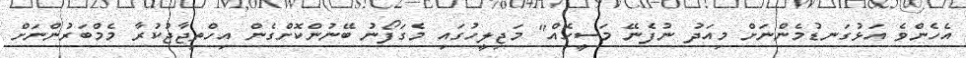
އެހެންވެ އަޅުގަނޑުމެންނަށް މިއަދު ނުފެނޭ މަސީހެއް" މަޖިލީހުގައި މެގަފޯނު ބޭނުންކޮށްގެން އިހްތިޖާޖުކުރާ މެމްބަރުންނަށް